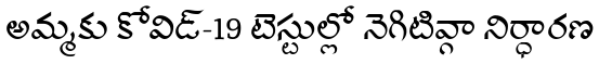
అమ్మకు కోవిడ్-19 టెస్టుల్లో నెగిటివ్గా నిర్ధారణ